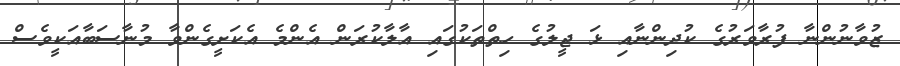
ޒުވާނުންނާ ފުރާވަރުގެ ކުދިންނާއި ޅަ ޖީލުގެ ހިތްތަކުގައި އާލާކުރަން އެންމެ އެކަށީގެންވާ މުނާސަބާއަކީވެސް